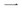
一